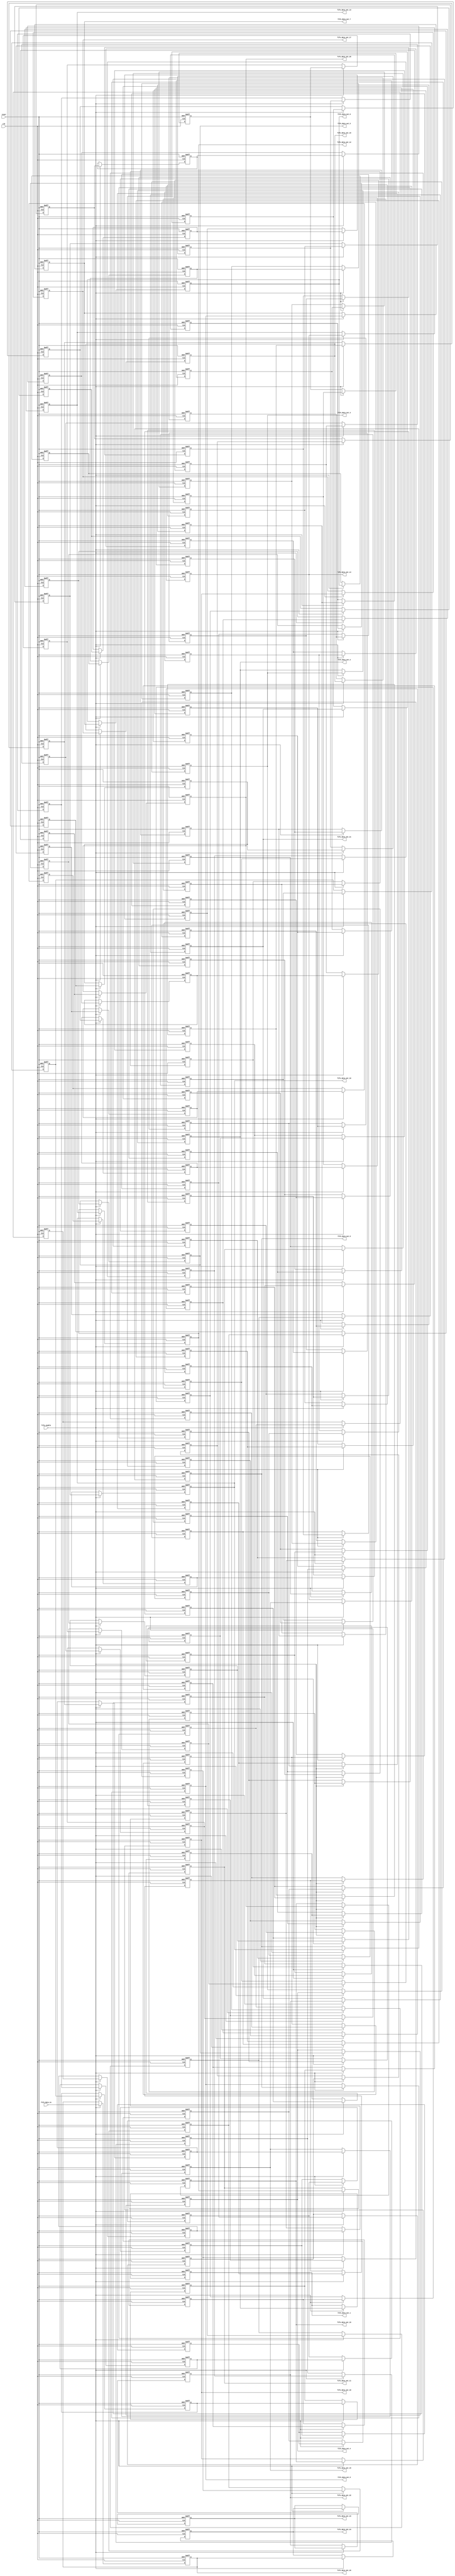
`timescale 1ns / 1ps


module 
 FIFO_25_1_133 #(parameter
///////////advanced parameters//////////
	DATA_WIDTH 					= 32,
///////////architecture parameters//////
	IFM_SIZE 					= 32,
	KERNAL_SIZE 				= 5,
///////////generated parameters/////////
	FIFO_SIZE               	= (KERNAL_SIZE-1)*IFM_SIZE + KERNAL_SIZE            

	)(
	input clk,
	input reset,
	input fifo_enable,
	input [DATA_WIDTH-1:0] fifo_data_in,
	output [DATA_WIDTH-1:0] fifo_data_out_1,
	output [DATA_WIDTH-1:0] fifo_data_out_2,
	output [DATA_WIDTH-1:0] fifo_data_out_3,
	output [DATA_WIDTH-1:0] fifo_data_out_4,
	output [DATA_WIDTH-1:0] fifo_data_out_5,
	output [DATA_WIDTH-1:0] fifo_data_out_6,
	output [DATA_WIDTH-1:0] fifo_data_out_7,
	output [DATA_WIDTH-1:0] fifo_data_out_8,
	output [DATA_WIDTH-1:0] fifo_data_out_9,
	output [DATA_WIDTH-1:0] fifo_data_out_10,
	output [DATA_WIDTH-1:0] fifo_data_out_11,
	output [DATA_WIDTH-1:0] fifo_data_out_12,
	output [DATA_WIDTH-1:0] fifo_data_out_13,
	output [DATA_WIDTH-1:0] fifo_data_out_14,
	output [DATA_WIDTH-1:0] fifo_data_out_15,
	output [DATA_WIDTH-1:0] fifo_data_out_16,
	output [DATA_WIDTH-1:0] fifo_data_out_17,
	output [DATA_WIDTH-1:0] fifo_data_out_18,
	output [DATA_WIDTH-1:0] fifo_data_out_19,
	output [DATA_WIDTH-1:0] fifo_data_out_20,
	output [DATA_WIDTH-1:0] fifo_data_out_21,
	output [DATA_WIDTH-1:0] fifo_data_out_22,
	output [DATA_WIDTH-1:0] fifo_data_out_23,
	output [DATA_WIDTH-1:0] fifo_data_out_24,
	output [DATA_WIDTH-1:0] fifo_data_out_25
	);
	reg	[DATA_WIDTH-1:0] FIFO  [FIFO_SIZE-1:0] ;
	always @ (posedge clk or posedge reset)
    begin
        if(reset)
		begin
			FIFO[0] <= {DATA_WIDTH{1'b0}};
			FIFO[1] <= {DATA_WIDTH{1'b0}};
			FIFO[2] <= {DATA_WIDTH{1'b0}};
			FIFO[3] <= {DATA_WIDTH{1'b0}};
			FIFO[4] <= {DATA_WIDTH{1'b0}};
			FIFO[5] <= {DATA_WIDTH{1'b0}};
			FIFO[6] <= {DATA_WIDTH{1'b0}};
			FIFO[7] <= {DATA_WIDTH{1'b0}};
			FIFO[8] <= {DATA_WIDTH{1'b0}};
			FIFO[9] <= {DATA_WIDTH{1'b0}};
			FIFO[10] <= {DATA_WIDTH{1'b0}};
			FIFO[11] <= {DATA_WIDTH{1'b0}};
			FIFO[12] <= {DATA_WIDTH{1'b0}};
			FIFO[13] <= {DATA_WIDTH{1'b0}};
			FIFO[14] <= {DATA_WIDTH{1'b0}};
			FIFO[15] <= {DATA_WIDTH{1'b0}};
			FIFO[16] <= {DATA_WIDTH{1'b0}};
			FIFO[17] <= {DATA_WIDTH{1'b0}};
			FIFO[18] <= {DATA_WIDTH{1'b0}};
			FIFO[19] <= {DATA_WIDTH{1'b0}};
			FIFO[20] <= {DATA_WIDTH{1'b0}};
			FIFO[21] <= {DATA_WIDTH{1'b0}};
			FIFO[22] <= {DATA_WIDTH{1'b0}};
			FIFO[23] <= {DATA_WIDTH{1'b0}};
			FIFO[24] <= {DATA_WIDTH{1'b0}};
			FIFO[25] <= {DATA_WIDTH{1'b0}};
			FIFO[26] <= {DATA_WIDTH{1'b0}};
			FIFO[27] <= {DATA_WIDTH{1'b0}};
			FIFO[28] <= {DATA_WIDTH{1'b0}};
			FIFO[29] <= {DATA_WIDTH{1'b0}};
			FIFO[30] <= {DATA_WIDTH{1'b0}};
			FIFO[31] <= {DATA_WIDTH{1'b0}};
			FIFO[32] <= {DATA_WIDTH{1'b0}};
			FIFO[33] <= {DATA_WIDTH{1'b0}};
			FIFO[34] <= {DATA_WIDTH{1'b0}};
			FIFO[35] <= {DATA_WIDTH{1'b0}};
			FIFO[36] <= {DATA_WIDTH{1'b0}};
			FIFO[37] <= {DATA_WIDTH{1'b0}};
			FIFO[38] <= {DATA_WIDTH{1'b0}};
			FIFO[39] <= {DATA_WIDTH{1'b0}};
			FIFO[40] <= {DATA_WIDTH{1'b0}};
			FIFO[41] <= {DATA_WIDTH{1'b0}};
			FIFO[42] <= {DATA_WIDTH{1'b0}};
			FIFO[43] <= {DATA_WIDTH{1'b0}};
			FIFO[44] <= {DATA_WIDTH{1'b0}};
			FIFO[45] <= {DATA_WIDTH{1'b0}};
			FIFO[46] <= {DATA_WIDTH{1'b0}};
			FIFO[47] <= {DATA_WIDTH{1'b0}};
			FIFO[48] <= {DATA_WIDTH{1'b0}};
			FIFO[49] <= {DATA_WIDTH{1'b0}};
			FIFO[50] <= {DATA_WIDTH{1'b0}};
			FIFO[51] <= {DATA_WIDTH{1'b0}};
			FIFO[52] <= {DATA_WIDTH{1'b0}};
			FIFO[53] <= {DATA_WIDTH{1'b0}};
			FIFO[54] <= {DATA_WIDTH{1'b0}};
			FIFO[55] <= {DATA_WIDTH{1'b0}};
			FIFO[56] <= {DATA_WIDTH{1'b0}};
			FIFO[57] <= {DATA_WIDTH{1'b0}};
			FIFO[58] <= {DATA_WIDTH{1'b0}};
			FIFO[59] <= {DATA_WIDTH{1'b0}};
			FIFO[60] <= {DATA_WIDTH{1'b0}};
			FIFO[61] <= {DATA_WIDTH{1'b0}};
			FIFO[62] <= {DATA_WIDTH{1'b0}};
			FIFO[63] <= {DATA_WIDTH{1'b0}};
			FIFO[64] <= {DATA_WIDTH{1'b0}};
			FIFO[65] <= {DATA_WIDTH{1'b0}};
			FIFO[66] <= {DATA_WIDTH{1'b0}};
			FIFO[67] <= {DATA_WIDTH{1'b0}};
			FIFO[68] <= {DATA_WIDTH{1'b0}};
			FIFO[69] <= {DATA_WIDTH{1'b0}};
			FIFO[70] <= {DATA_WIDTH{1'b0}};
			FIFO[71] <= {DATA_WIDTH{1'b0}};
			FIFO[72] <= {DATA_WIDTH{1'b0}};
			FIFO[73] <= {DATA_WIDTH{1'b0}};
			FIFO[74] <= {DATA_WIDTH{1'b0}};
			FIFO[75] <= {DATA_WIDTH{1'b0}};
			FIFO[76] <= {DATA_WIDTH{1'b0}};
			FIFO[77] <= {DATA_WIDTH{1'b0}};
			FIFO[78] <= {DATA_WIDTH{1'b0}};
			FIFO[79] <= {DATA_WIDTH{1'b0}};
			FIFO[80] <= {DATA_WIDTH{1'b0}};
			FIFO[81] <= {DATA_WIDTH{1'b0}};
			FIFO[82] <= {DATA_WIDTH{1'b0}};
			FIFO[83] <= {DATA_WIDTH{1'b0}};
			FIFO[84] <= {DATA_WIDTH{1'b0}};
			FIFO[85] <= {DATA_WIDTH{1'b0}};
			FIFO[86] <= {DATA_WIDTH{1'b0}};
			FIFO[87] <= {DATA_WIDTH{1'b0}};
			FIFO[88] <= {DATA_WIDTH{1'b0}};
			FIFO[89] <= {DATA_WIDTH{1'b0}};
			FIFO[90] <= {DATA_WIDTH{1'b0}};
			FIFO[91] <= {DATA_WIDTH{1'b0}};
			FIFO[92] <= {DATA_WIDTH{1'b0}};
			FIFO[93] <= {DATA_WIDTH{1'b0}};
			FIFO[94] <= {DATA_WIDTH{1'b0}};
			FIFO[95] <= {DATA_WIDTH{1'b0}};
			FIFO[96] <= {DATA_WIDTH{1'b0}};
			FIFO[97] <= {DATA_WIDTH{1'b0}};
			FIFO[98] <= {DATA_WIDTH{1'b0}};
			FIFO[99] <= {DATA_WIDTH{1'b0}};
			FIFO[100] <= {DATA_WIDTH{1'b0}};
			FIFO[101] <= {DATA_WIDTH{1'b0}};
			FIFO[102] <= {DATA_WIDTH{1'b0}};
			FIFO[103] <= {DATA_WIDTH{1'b0}};
			FIFO[104] <= {DATA_WIDTH{1'b0}};
			FIFO[105] <= {DATA_WIDTH{1'b0}};
			FIFO[106] <= {DATA_WIDTH{1'b0}};
			FIFO[107] <= {DATA_WIDTH{1'b0}};
			FIFO[108] <= {DATA_WIDTH{1'b0}};
			FIFO[109] <= {DATA_WIDTH{1'b0}};
			FIFO[110] <= {DATA_WIDTH{1'b0}};
			FIFO[111] <= {DATA_WIDTH{1'b0}};
			FIFO[112] <= {DATA_WIDTH{1'b0}};
			FIFO[113] <= {DATA_WIDTH{1'b0}};
			FIFO[114] <= {DATA_WIDTH{1'b0}};
			FIFO[115] <= {DATA_WIDTH{1'b0}};
			FIFO[116] <= {DATA_WIDTH{1'b0}};
			FIFO[117] <= {DATA_WIDTH{1'b0}};
			FIFO[118] <= {DATA_WIDTH{1'b0}};
			FIFO[119] <= {DATA_WIDTH{1'b0}};
			FIFO[120] <= {DATA_WIDTH{1'b0}};
			FIFO[121] <= {DATA_WIDTH{1'b0}};
			FIFO[122] <= {DATA_WIDTH{1'b0}};
			FIFO[123] <= {DATA_WIDTH{1'b0}};
			FIFO[124] <= {DATA_WIDTH{1'b0}};
			FIFO[125] <= {DATA_WIDTH{1'b0}};
			FIFO[126] <= {DATA_WIDTH{1'b0}};
			FIFO[127] <= {DATA_WIDTH{1'b0}};
			FIFO[128] <= {DATA_WIDTH{1'b0}};
			FIFO[129] <= {DATA_WIDTH{1'b0}};
			FIFO[130] <= {DATA_WIDTH{1'b0}};
			FIFO[131] <= {DATA_WIDTH{1'b0}};
			FIFO[132] <= {DATA_WIDTH{1'b0}};
		end
		else if(fifo_enable)
		begin
			FIFO[0] <= fifo_data_in;
			FIFO[1] <= FIFO[0];
			FIFO[2] <= FIFO[1];
			FIFO[3] <= FIFO[2];
			FIFO[4] <= FIFO[3];
			FIFO[5] <= FIFO[4];
			FIFO[6] <= FIFO[5];
			FIFO[7] <= FIFO[6];
			FIFO[8] <= FIFO[7];
			FIFO[9] <= FIFO[8];
			FIFO[10] <= FIFO[9];
			FIFO[11] <= FIFO[10];
			FIFO[12] <= FIFO[11];
			FIFO[13] <= FIFO[12];
			FIFO[14] <= FIFO[13];
			FIFO[15] <= FIFO[14];
			FIFO[16] <= FIFO[15];
			FIFO[17] <= FIFO[16];
			FIFO[18] <= FIFO[17];
			FIFO[19] <= FIFO[18];
			FIFO[20] <= FIFO[19];
			FIFO[21] <= FIFO[20];
			FIFO[22] <= FIFO[21];
			FIFO[23] <= FIFO[22];
			FIFO[24] <= FIFO[23];
			FIFO[25] <= FIFO[24];
			FIFO[26] <= FIFO[25];
			FIFO[27] <= FIFO[26];
			FIFO[28] <= FIFO[27];
			FIFO[29] <= FIFO[28];
			FIFO[30] <= FIFO[29];
			FIFO[31] <= FIFO[30];
			FIFO[32] <= FIFO[31];
			FIFO[33] <= FIFO[32];
			FIFO[34] <= FIFO[33];
			FIFO[35] <= FIFO[34];
			FIFO[36] <= FIFO[35];
			FIFO[37] <= FIFO[36];
			FIFO[38] <= FIFO[37];
			FIFO[39] <= FIFO[38];
			FIFO[40] <= FIFO[39];
			FIFO[41] <= FIFO[40];
			FIFO[42] <= FIFO[41];
			FIFO[43] <= FIFO[42];
			FIFO[44] <= FIFO[43];
			FIFO[45] <= FIFO[44];
			FIFO[46] <= FIFO[45];
			FIFO[47] <= FIFO[46];
			FIFO[48] <= FIFO[47];
			FIFO[49] <= FIFO[48];
			FIFO[50] <= FIFO[49];
			FIFO[51] <= FIFO[50];
			FIFO[52] <= FIFO[51];
			FIFO[53] <= FIFO[52];
			FIFO[54] <= FIFO[53];
			FIFO[55] <= FIFO[54];
			FIFO[56] <= FIFO[55];
			FIFO[57] <= FIFO[56];
			FIFO[58] <= FIFO[57];
			FIFO[59] <= FIFO[58];
			FIFO[60] <= FIFO[59];
			FIFO[61] <= FIFO[60];
			FIFO[62] <= FIFO[61];
			FIFO[63] <= FIFO[62];
			FIFO[64] <= FIFO[63];
			FIFO[65] <= FIFO[64];
			FIFO[66] <= FIFO[65];
			FIFO[67] <= FIFO[66];
			FIFO[68] <= FIFO[67];
			FIFO[69] <= FIFO[68];
			FIFO[70] <= FIFO[69];
			FIFO[71] <= FIFO[70];
			FIFO[72] <= FIFO[71];
			FIFO[73] <= FIFO[72];
			FIFO[74] <= FIFO[73];
			FIFO[75] <= FIFO[74];
			FIFO[76] <= FIFO[75];
			FIFO[77] <= FIFO[76];
			FIFO[78] <= FIFO[77];
			FIFO[79] <= FIFO[78];
			FIFO[80] <= FIFO[79];
			FIFO[81] <= FIFO[80];
			FIFO[82] <= FIFO[81];
			FIFO[83] <= FIFO[82];
			FIFO[84] <= FIFO[83];
			FIFO[85] <= FIFO[84];
			FIFO[86] <= FIFO[85];
			FIFO[87] <= FIFO[86];
			FIFO[88] <= FIFO[87];
			FIFO[89] <= FIFO[88];
			FIFO[90] <= FIFO[89];
			FIFO[91] <= FIFO[90];
			FIFO[92] <= FIFO[91];
			FIFO[93] <= FIFO[92];
			FIFO[94] <= FIFO[93];
			FIFO[95] <= FIFO[94];
			FIFO[96] <= FIFO[95];
			FIFO[97] <= FIFO[96];
			FIFO[98] <= FIFO[97];
			FIFO[99] <= FIFO[98];
			FIFO[100] <= FIFO[99];
			FIFO[101] <= FIFO[100];
			FIFO[102] <= FIFO[101];
			FIFO[103] <= FIFO[102];
			FIFO[104] <= FIFO[103];
			FIFO[105] <= FIFO[104];
			FIFO[106] <= FIFO[105];
			FIFO[107] <= FIFO[106];
			FIFO[108] <= FIFO[107];
			FIFO[109] <= FIFO[108];
			FIFO[110] <= FIFO[109];
			FIFO[111] <= FIFO[110];
			FIFO[112] <= FIFO[111];
			FIFO[113] <= FIFO[112];
			FIFO[114] <= FIFO[113];
			FIFO[115] <= FIFO[114];
			FIFO[116] <= FIFO[115];
			FIFO[117] <= FIFO[116];
			FIFO[118] <= FIFO[117];
			FIFO[119] <= FIFO[118];
			FIFO[120] <= FIFO[119];
			FIFO[121] <= FIFO[120];
			FIFO[122] <= FIFO[121];
			FIFO[123] <= FIFO[122];
			FIFO[124] <= FIFO[123];
			FIFO[125] <= FIFO[124];
			FIFO[126] <= FIFO[125];
			FIFO[127] <= FIFO[126];
			FIFO[128] <= FIFO[127];
			FIFO[129] <= FIFO[128];
			FIFO[130] <= FIFO[129];
			FIFO[131] <= FIFO[130];
			FIFO[132] <= FIFO[131];
		end
	end

	assign    fifo_data_out_1 = FIFO[(KERNAL_SIZE-1)*IFM_SIZE+(KERNAL_SIZE-1)];
	assign    fifo_data_out_2 = FIFO[(KERNAL_SIZE-1)*IFM_SIZE+(KERNAL_SIZE-2)];
	assign    fifo_data_out_3 = FIFO[(KERNAL_SIZE-1)*IFM_SIZE+(KERNAL_SIZE-3)];
	assign    fifo_data_out_4 = FIFO[(KERNAL_SIZE-1)*IFM_SIZE+(KERNAL_SIZE-4)];
	assign    fifo_data_out_5 = FIFO[(KERNAL_SIZE-1)*IFM_SIZE+(KERNAL_SIZE-5)];
	
	assign    fifo_data_out_6 = FIFO[(KERNAL_SIZE-2)*IFM_SIZE+(KERNAL_SIZE-1)];
	assign    fifo_data_out_7 = FIFO[(KERNAL_SIZE-2)*IFM_SIZE+(KERNAL_SIZE-2)];
	assign    fifo_data_out_8 = FIFO[(KERNAL_SIZE-2)*IFM_SIZE+(KERNAL_SIZE-3)];
	assign    fifo_data_out_9 = FIFO[(KERNAL_SIZE-2)*IFM_SIZE+(KERNAL_SIZE-4)];
	assign    fifo_data_out_10 = FIFO[(KERNAL_SIZE-2)*IFM_SIZE+(KERNAL_SIZE-5)];
	
	assign    fifo_data_out_11 = FIFO[(KERNAL_SIZE-3)*IFM_SIZE+(KERNAL_SIZE-1)];
	assign    fifo_data_out_12 = FIFO[(KERNAL_SIZE-3)*IFM_SIZE+(KERNAL_SIZE-2)];
	assign    fifo_data_out_13 = FIFO[(KERNAL_SIZE-3)*IFM_SIZE+(KERNAL_SIZE-3)];
	assign    fifo_data_out_14 = FIFO[(KERNAL_SIZE-3)*IFM_SIZE+(KERNAL_SIZE-4)];
	assign    fifo_data_out_15 = FIFO[(KERNAL_SIZE-3)*IFM_SIZE+(KERNAL_SIZE-5)];
	
	assign    fifo_data_out_16 = FIFO[(KERNAL_SIZE-4)*IFM_SIZE+(KERNAL_SIZE-1)];
	assign    fifo_data_out_17 = FIFO[(KERNAL_SIZE-4)*IFM_SIZE+(KERNAL_SIZE-2)];
	assign    fifo_data_out_18 = FIFO[(KERNAL_SIZE-4)*IFM_SIZE+(KERNAL_SIZE-3)];
	assign    fifo_data_out_19 = FIFO[(KERNAL_SIZE-4)*IFM_SIZE+(KERNAL_SIZE-4)];
	assign    fifo_data_out_20 = FIFO[(KERNAL_SIZE-4)*IFM_SIZE+(KERNAL_SIZE-5)];
	
	assign    fifo_data_out_21 = FIFO[(KERNAL_SIZE-5)*IFM_SIZE+(KERNAL_SIZE-1)];
	assign    fifo_data_out_22 = FIFO[(KERNAL_SIZE-5)*IFM_SIZE+(KERNAL_SIZE-2)];
	assign    fifo_data_out_23 = FIFO[(KERNAL_SIZE-5)*IFM_SIZE+(KERNAL_SIZE-3)];
	assign    fifo_data_out_24 = FIFO[(KERNAL_SIZE-5)*IFM_SIZE+(KERNAL_SIZE-4)];
	assign    fifo_data_out_25 = FIFO[(KERNAL_SIZE-5)*IFM_SIZE+(KERNAL_SIZE-5)];
	
endmodule